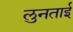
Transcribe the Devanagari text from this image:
लुनताई